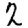
Digit: 2